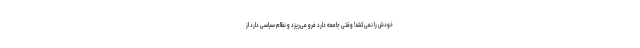
خودش را نمی‌کشد! وقتی جامعه دارد فرو می‌ریزد و نظام سیاسی دارد از